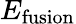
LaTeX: E_{\mathrm{fusion}}